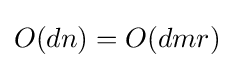
O(dn)=O(dmr)